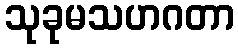
သုခုမသဟဂတာ